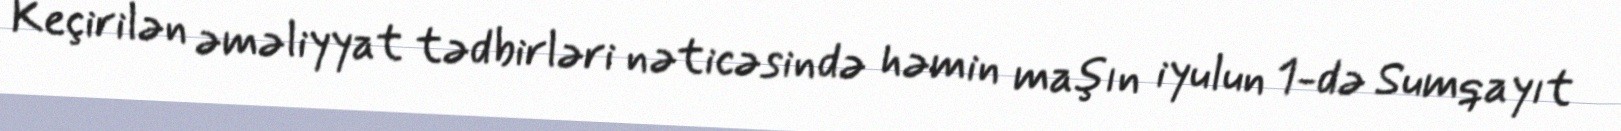
Keçirilən əməliyyat tədbirləri nəticəsində həmin maşın iyulun 1-də Sumqayıt